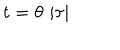
LaTeX: t = \theta \, \left| \tau \right|